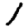
Digit: 1